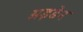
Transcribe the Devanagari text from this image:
अइडेन